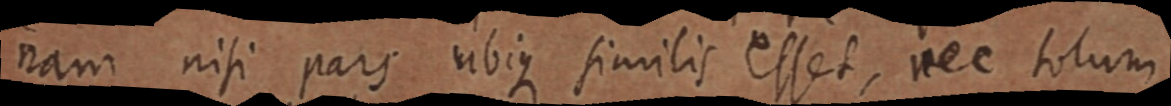
nam nisi pars ubique similis esset, nec totum